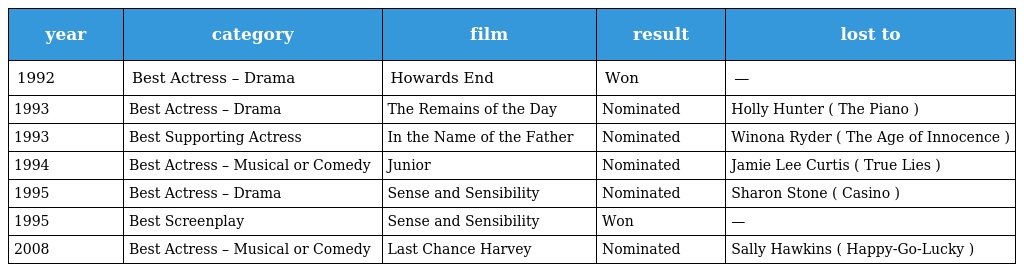
| year | category | film | result | lost to |
 | --- | --- | --- | --- | --- |
 | 1992 | Best Actress – Drama | Howards End | Won | — |
 | 1993 | Best Actress – Drama | The Remains of the Day | Nominated | Holly Hunter ( The Piano ) |
 | 1993 | Best Supporting Actress | In the Name of the Father | Nominated | Winona Ryder ( The Age of Innocence ) |
 | 1994 | Best Actress – Musical or Comedy | Junior | Nominated | Jamie Lee Curtis ( True Lies ) |
 | 1995 | Best Actress – Drama | Sense and Sensibility | Nominated | Sharon Stone ( Casino ) |
 | 1995 | Best Screenplay | Sense and Sensibility | Won | — |
 | 2008 | Best Actress – Musical or Comedy | Last Chance Harvey | Nominated | Sally Hawkins ( Happy-Go-Lucky ) |